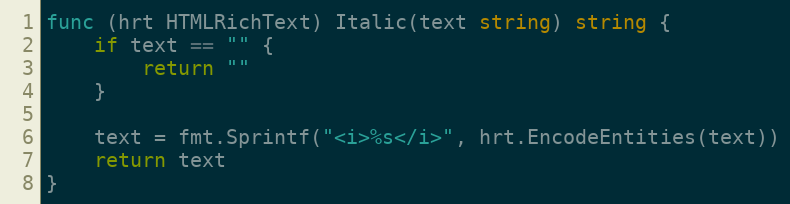
Language: Go
func (hrt HTMLRichText) Italic(text string) string {
	if text == "" {
		return ""
	}

	text = fmt.Sprintf("<i>%s</i>", hrt.EncodeEntities(text))
	return text
}